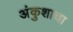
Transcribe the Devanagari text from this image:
अंकुशाचा